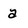
Character: a